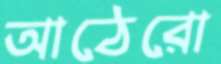
আঠেরো